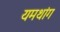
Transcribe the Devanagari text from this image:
यमथांग